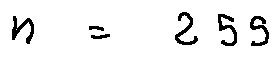
n = 2 5 5